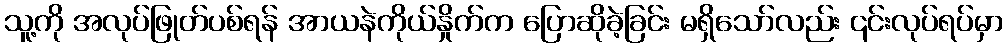
သူ့ကို အလုပ်ဖြုတ်ပစ်ရန် အာယနဲကိုယ်နှိုက်က ပြောဆိုခဲ့ခြင်း မရှိသော်လည်း ၎င်းလုပ်ရပ်မှာ